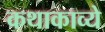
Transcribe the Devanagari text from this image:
कथाकाव्ये